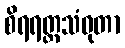
စိရရတ္တသံဝုတာ